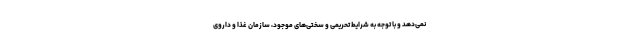
نمی‌دهد و با توجه به شرایط تحریمی و سختی‌های موجود، سازمان غذا و داروی